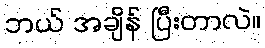
ဘယ် အချိန် ပြီးတာလဲ။